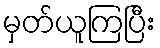
မှတ်ယူကြပြီး